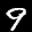
Label: 9